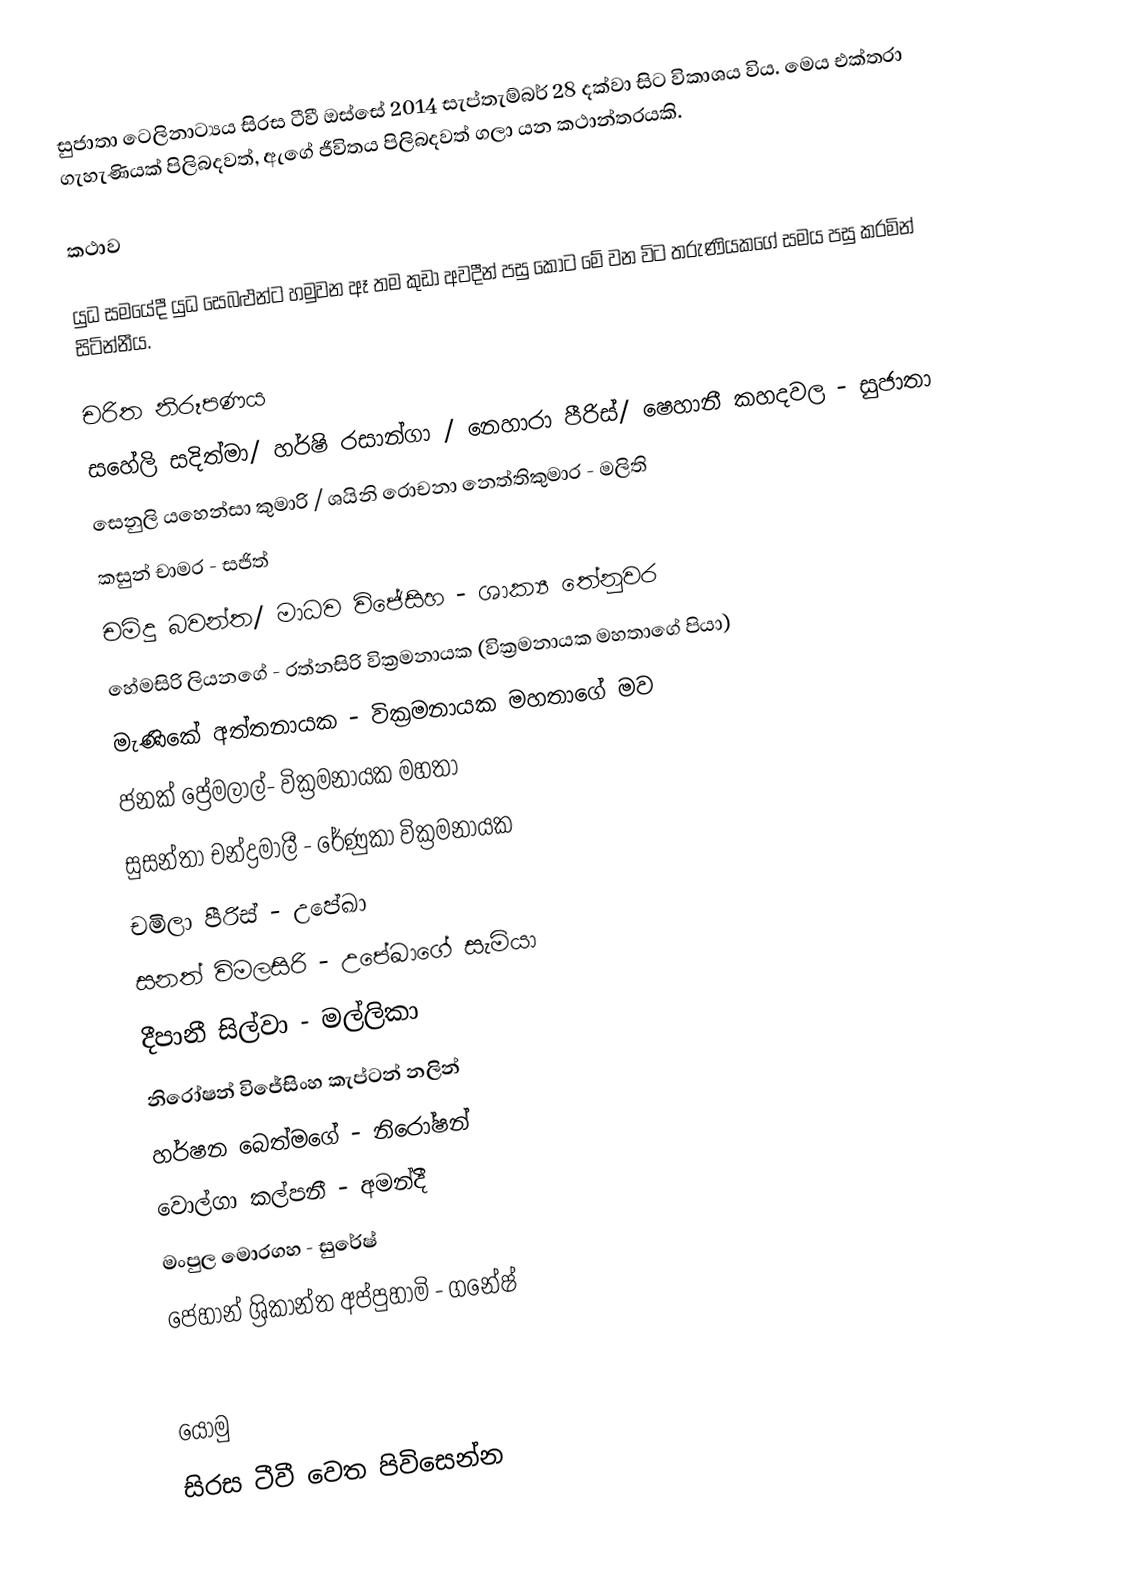
සුජාතා ටෙලිනාට්‍යය සිරස ටීවී ඔස්සේ 2014 සැප්තැම්බර් 28 දක්වා සිට  විකාශය විය. මෙය එක්තරා ගැහැණියක් පිලිබදවත්, ඇගේ ජීවිතය පිලිබදවත් ගලා යන කථාන්තරයකි.

කථාව

යුධ සමයේදී යුධ සෙබළුන්ට හමුවන ඈ තම කුඩා අවදීන් පසු කොට මේ වන විට තරුණියකගේ සමය පසු කරමින් සිටින්නීය.

චරිත නිරූපණය
 සහේලි සදිත්මා/ හර්ෂි රසාන්ගා / නෙහාරා පීරිස්/ ෂෙහානී කහදවල - සුජාතා
 සෙනුලි යහෙන්සා කුමාරි / ශයිනි රොචනා නෙත්තිකුමාර - මලිති
 කසුන් චාමර - සජිත්
 චමිදු බවන්ත/ මාධව විජේසිහ - ශාක්‍ය තේනුවර
 හේමසිරි ලියනගේ - රත්නසිරි වික්‍රමනායක (වික්‍රමනායක මහතාගේ පියා)
 මැණිකේ අත්තනායක - වික්‍රමනායක මහතාගේ මව
 ජනක් ප්‍රේමලාල්- වික්‍රමනායක මහතා
 සුසන්තා චන්ද්‍රමාලී - රේණුකා වික්‍රමනායක
 චමිලා පීරිස් - උපේඛා
 සනත් විමලසිරි - උපේඛාගේ සැමියා
 දීපානී සිල්වා - මල්ලිකා
 නිරෝෂන් විජේසිංහ කැප්ටන් නලින්
 හර්ෂන බෙත්මගේ - නිරෝෂන්
 වොල්ගා කල්පනී - අමන්දී
 මංපුල මොරගහ - සුරේෂ්
 ජෙහාන් ශ්‍රිකාන්ත අප්පුහාමි - ගනේෂ්
‍

යොමු
 සිරස ටීවී වෙත පිවිසෙන්න